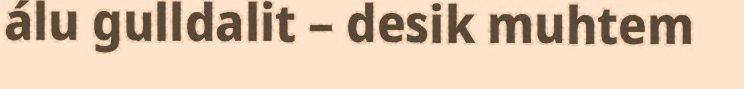
álu gulldalit – desik muhtem